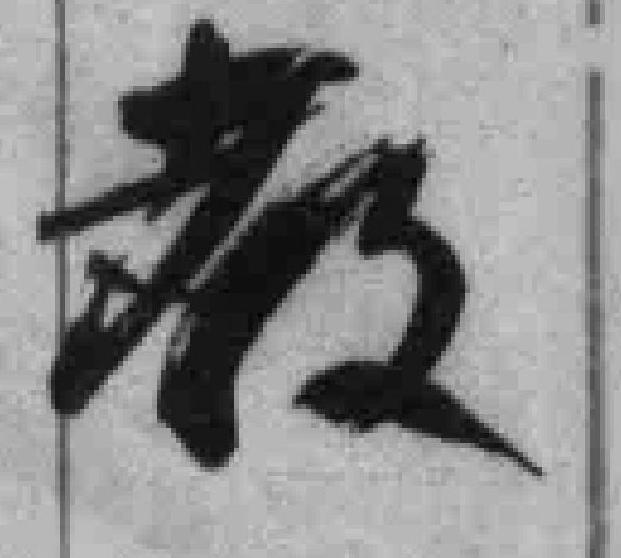
教